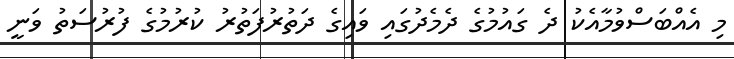
މި އެއްބަސްވުމާއެކު ދެ ގައުމުގެ ދެމެދުގައި ވައިގެ ދަތުރުފަތުރު ކުރުމުގެ ފުރުސަތު ވަނީ